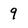
Character: 9